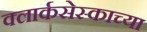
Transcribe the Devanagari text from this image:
क्लार्कसेस्काच्या